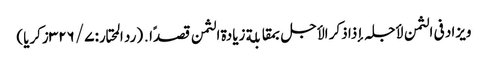
ویزاد فی الثمن لأجلہ إذا ذکر الأجل بمقابلة زیادة الثمن قصدًا․ (رد المحتار: ۷/ ۳۲۶زکریا)